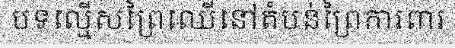
បទល្មើសព្រៃឈើនៅតំបន់ព្រៃការពារ